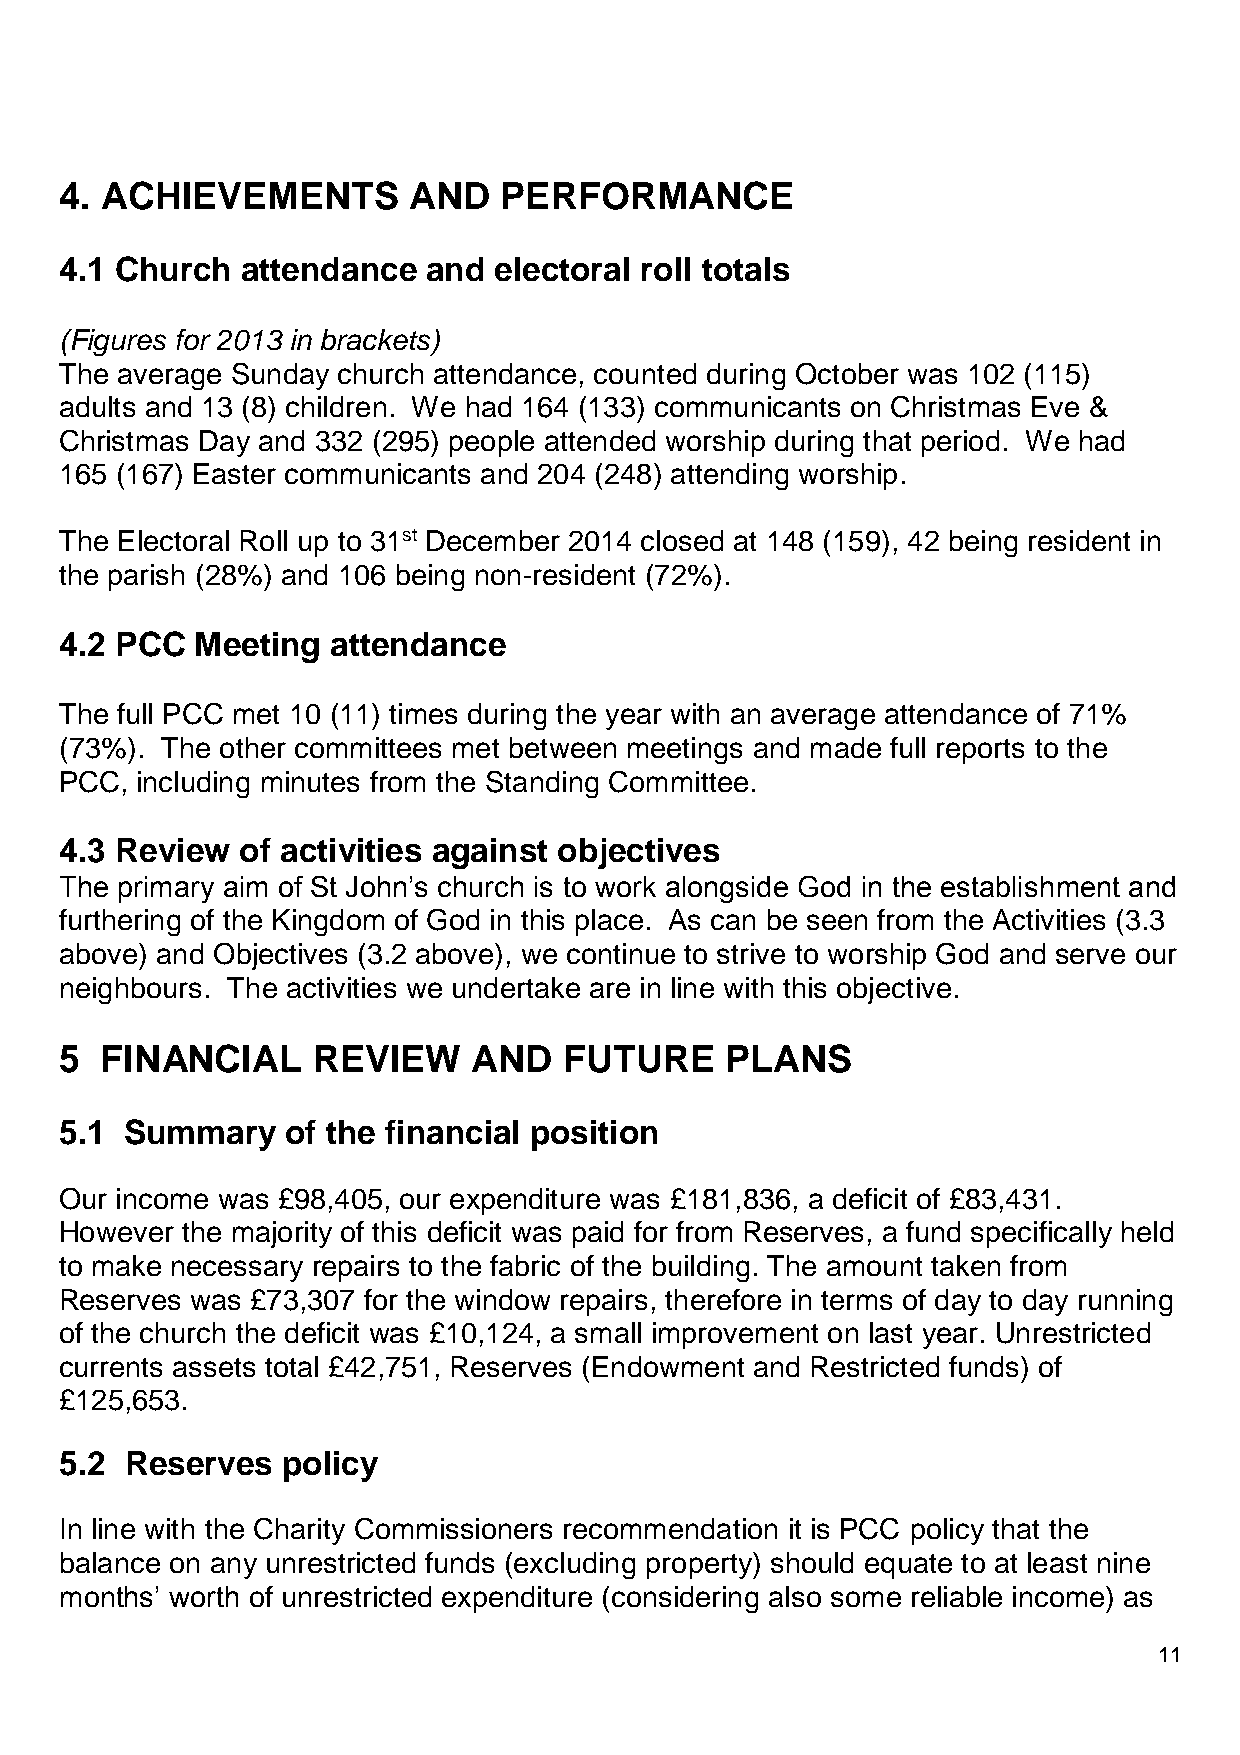
4. ACHIEVEMENTS        AND   PERFORMANCE
 4.1 Church  attendance  and  electoral roll totals
 (Figures for 2013 in brackets)
 The average Sunday church attendance, counted during October was 102 (115)
 adults and 13 (8) children. We had 164 (133) communicants on Christmas Eve &
 Christmas Day and 332 (295) people attended worship during that period. We had
 165 (167) Easter communicants and 204 (248) attending worship.
 The Electoral Roll up to 31st December 2014 closed at 148 (159), 42 being resident in
 the parish (28%) and 106 being non-resident (72%).
 4.2 PCC  Meeting  attendance
 The full PCC met 10 (11) times during the year with an average attendance of 71%
 (73%). The other committees met between meetings and made full reports to the
 PCC, including minutes from the Standing Committee.
 4.3 Review  of activities against objectives
 The primary aim of St John’s church is to work alongside God in the establishment and
 furthering of the Kingdom of God in this place. As can be seen from the Activities (3.3
 above) and Objectives (3.2 above), we continue to strive to worship God and serve our
 neighbours. The activities we undertake are in line with this objective.
 5  FINANCIAL     REVIEW    AND   FUTURE     PLANS
 5.1 Summary    of the financial position
 Our income was £98,405, our expenditure was £181,836, a deficit of £83,431.
 However the majority of this deficit was paid for from Reserves, a fund specifically held
 to make necessary repairs to the fabric of the building. The amount taken from
 Reserves was £73,307 for the window repairs, therefore in terms of day to day running
 of the church the deficit was £10,124, a small improvement on last year. Unrestricted
 currents assets total £42,751, Reserves (Endowment and Restricted funds) of
 £125,653.
 5.2 Reserves   policy
 In line with the Charity Commissioners recommendation it is PCC policy that the
 balance on any unrestricted funds (excluding property) should equate to at least nine
 months’ worth of unrestricted expenditure (considering also some reliable income) as
 11